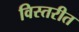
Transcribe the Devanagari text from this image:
विस्तरीत